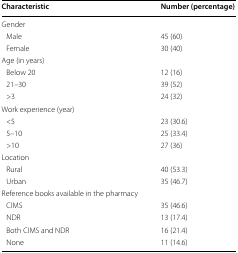
<table><thead><tr><td><b>Characteristic</b></td><td><b>Number (percentage)</b></td></tr></thead><tbody><tr><td colspan="2">Gender</td></tr><tr><td> Male</td><td>45 (60)</td></tr><tr><td> Female</td><td>30 (40)</td></tr><tr><td colspan="2">Age (in years)</td></tr><tr><td> Below 20</td><td>12 (16)</td></tr><tr><td> 21–30</td><td>39 (52)</td></tr><tr><td> &gt;3</td><td>24 (32)</td></tr><tr><td colspan="2">Work experience (year)</td></tr><tr><td> &lt;5</td><td>23 (30.6)</td></tr><tr><td> 5–10</td><td>25 (33.4)</td></tr><tr><td> &gt;10</td><td>27 (36)</td></tr><tr><td colspan="2">Location</td></tr><tr><td> Rural</td><td>40 (53.3)</td></tr><tr><td> Urban</td><td>35 (46.7)</td></tr><tr><td colspan="2">Reference books available in the pharmacy</td></tr><tr><td> CIMS</td><td>35 (46.6)</td></tr><tr><td> NDR</td><td>13 (17.4)</td></tr><tr><td> Both CIMS and NDR</td><td>16 (21.4)</td></tr><tr><td> None</td><td>11 (14.6)</td></tr></tbody></table>